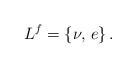
LaTeX: \begin{align*}L^f = \{ \nu , \, e\}\, .\end{align*}